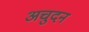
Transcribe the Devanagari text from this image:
अचुदन